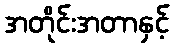
အတိုင်းအတာနှင့်